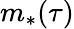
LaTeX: m_{*}(\tau)